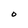
Character: O